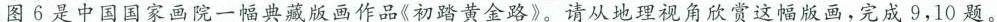
图6是中国国家画院一幅典藏版画作品《初踏黄金路》。请从地理视角欣赏这幅版画，完成9，10题。